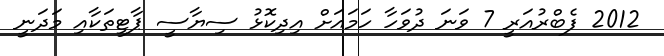
2012 ފެބްރުއަރީ 7 ވަނަ ދުވަހާ ހަމައަށް އިދިކޮޅު ސިޔާސީ ޕާޓީތަކާއި މަދަނީ